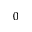
0